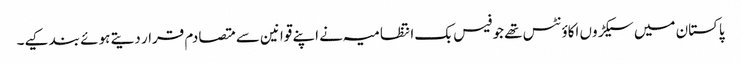
پاکستان میں سیکڑوں اکاؤنٹس تھے جو فیس بک انتظامیہ نے اپنے قوانین سے متصادم قرار دیتے ہوئے بند کیے۔